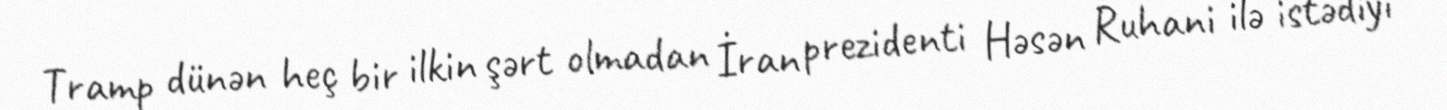
Tramp dünən heç bir ilkin şərt olmadan İran prezidenti Həsən Ruhani ilə istədiyi